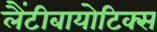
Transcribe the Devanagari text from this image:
लैंटीबायोटिक्स